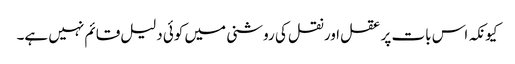
کیونکہ اس بات پر عقل اور نقل کی روشنی میں کوئی دلیل قائم نہیں ہے۔